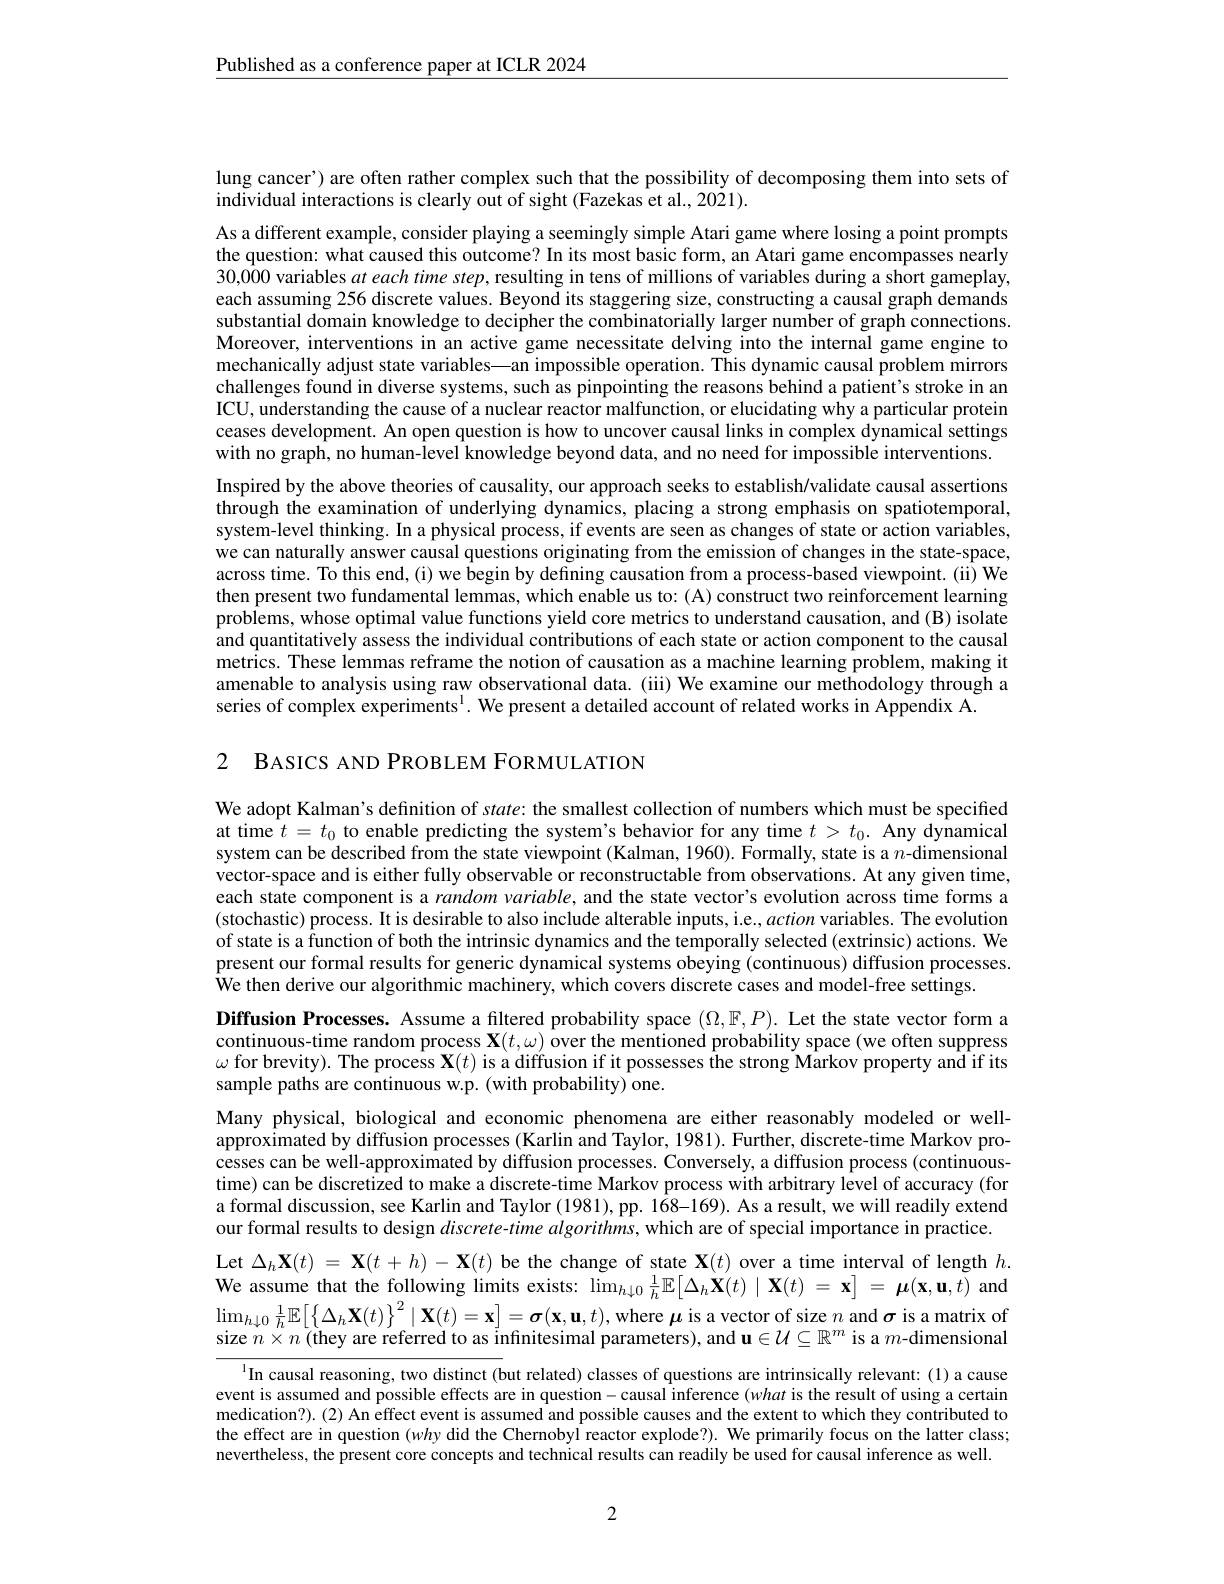
$\underline{\text{Published as a conference paper at ICLR 2024}}$

lung cancer') are often rather complex such that the possibility of decomposing them into sets of
individual interactions is clearly out of sight (Fazekas et al., 2021).

As a different example, consider playing a seemingly simple Atari game where losing a point prompts the question: what caused this outcome? In its most basic form, an Atari game encompasses nearly $30,0\hat{0}0$ variables $at\textit{ each time step, resulting in tens of millions of variables during a short gameplay, }$ each assuming 256 discrete values. Beyond its staggering size, constructing a causal graph demands substantial domain knowledge to decipher the combinatorially larger number of graph connections. Moreover, interventions in an active game necessitate delving into the internal game engine to mechanically adjust state variables—an impossible operation. This dynamic causal problem mirrors challenges found in diverse systems, such as pinpointing the reasons behind a patient's stroke in an ICU, understanding the cause of a nuclear reactor malfunction, or elucidating why a particular protein ceases development. An open question is how to uncover causal links in complex dynamical settings with no graph, no human-level knowledge beyond data, and no need for impossible interventions. Inspired by the above theories of causality, our approach seeks to establish/validate causal assertions through the examination of underlying dynamics, placing a strong emphasis on spatiotemporal. system-level thinking. In a physical process, if events are seen as changes of state or action variables, we can naturally answer causal questions originating from the emission of changes in the state-space, across time. To this end, (i) we begin by defining causation from a process-based viewpoint. (ii) We then present two fundamental lemmas, which enable us to: (A) construct two reinforcement learning problems, whose optimal value functions yield core metrics to understand causation, and (B) isolate $\hat{\text{and quantitatively assess the individual contributions of each state or action component to the causal}}$ metrics. These lemmas reframe the notion of causation as a machine learning problem, making it amenable to analysis using raw observational data. (iii) We examine our methodology through a series of complex experiments$^1.$ We present a detailed account of related works in Appendix A.

2 BASICS AND PROBLEM FORMULATION

We adopt Kalman's definition of state: the smallest collection of numbers which must be specified at time $t=t_0$ to enable predicting the system's behavior for any time $t>t_0.$ Any dynamical system can be described from the state viewpoint (Kalman, 1960). Formally, state is a $n$-dimensional vector-space and is either fully observable or reconstructable from observations. At any given time, each state component is a random variable, and the state vector's evolution across time forms a (stochastic) process. It is desirable to also include alterable inputs, i.e., action variables. The evolution of state is a function of both the intrinsic dynamics and the temporally selected (extrinsic) actions. We present our formal results for generic dynamical systems obeying (continuous) diffusion processes. $\hat{\text{We then derive our algorithmic machinery, which covers discrete cases and model-free settings.}}$
Diffusion Processes. Assume a filtered probability space $(\Omega,\mathbb{F},P).$ Let the state vector form a continuous-time random process $\mathbf{X}(t,\omega)$ over the mentioned probability space (we often suppress $\omega$ for brevity). The process $\mathbf{X}(t)$ is a diffusion if it possesses the strong Markov property and if its sample paths are continuous w.p. (with probability) one.
Many physical, biological and economic phenomena are either reasonably modeled or wellapproximated by diffusion processes (Karlin and Taylor, 1981). Further, discrete-time Markov processes can be well-approximated by diffusion processes. Conversely, a diffusion process (continuoustime) can be discretized to make a discrete-time Markov process with arbitrary level of accuracy (for a formal discussion, see Karlin and Taylor (1981), pp. 168-169). As a result, we will readily extend our formal results to design $discrete-time$ algorithms, which are of special importance in practice. Let $\Delta _h\mathbf{X} ( t)$ = $\mathbf{X} ( t$ + $h)$ - $\mathbf{X} ( t)$ be the change of state $\mathbf{X}(t)$ over a time interval of length $h.$ We assume that the following limits exists: $\lim_{h\downarrow0}\frac1h\mathbb{E}[\Delta_h\hat{\mathbf{X}}(t)\mid\mathbf{X}(t)=\mathbf{x}]=\boldsymbol{\mu}(\mathbf{x},\mathbf{u},\tilde{t})$ and $\lim_{h\downarrow0}\frac1h\mathbb{E}\left[\left\{\Delta_h\mathbf{X}(t)\right\}^2\mid\mathbf{X}(t)=\mathbf{x}\right]=\boldsymbol{\sigma}(\mathbf{x},\mathbf{u},t)$,where $\boldsymbol\mu$ is a vector of size $n$ and $\boldsymbol\sigma$ is a matrix of size $n\times n$ (they are referred to as infinitesimal parameters), and $\mathbf{u}\in\mathcal{U}\subseteq\mathbb{R}^m$ is a $m$-dimensional
In causal reasoning, two distinct (but related) classes of questions are intrinsically relevant: (1) a cause event is assumed and possible effects are in question-causal inference $(what$ is the result of using a certain medication?).(2) An effect event is assumed and possible causes and the extent to which they contributed to

the effect are in question (why did the Chernobyl reactor explode?). We primarily focus on the latter class; nevertheless, the present core concepts and technical results can readily be used for causal inference as well.

2